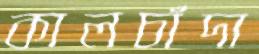
কালচাঁদা